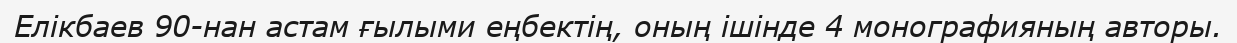
Елікбаев 90-нан астам ғылыми еңбектің, оның ішінде 4 монографияның авторы.